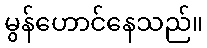
မွန်ဟောင်နေသည်။